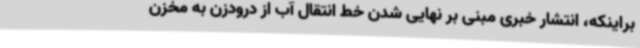
براینکه، انتشار خبری مبنی بر نهایی شدن خط انتقال آب از درودزن به مخزن